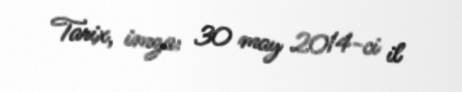
Tarix, imza: 30 may 2014-ci il